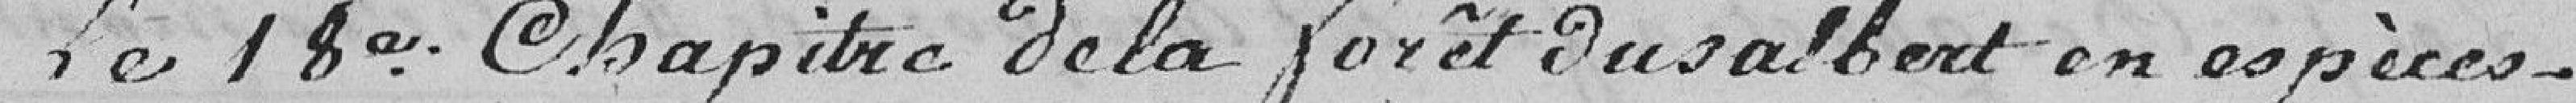
Le 18e Chapitre de la forêt du Salbert en espèces.